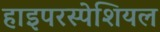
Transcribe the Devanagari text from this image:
हाइपरस्पेशियल